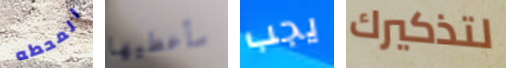
المحطه سأعطيها يجب لتذكيرك